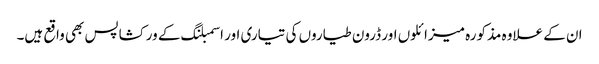
ان کے علاوہ مذکورہ میزائلوں اور ڈرون طیاروں کی تیاری اور اسمبلنگ کے ورکشاپس بھی واقع ہیں۔